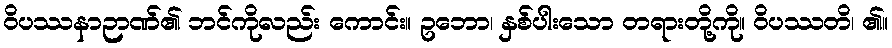
ဝိပဿနာဉာဏ်၏ ဘင်ကိုလည်း ကောင်း။ ဥဘော၊ နှစ်ပါးသော တရားတို့ကို။ ဝိပဿတိ၊ ၏။